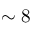
\sim 8